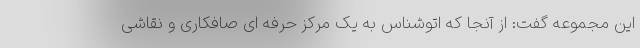
این مجموعه گفت: از آنجا که اتوشناس به یک مرکز حرفه ای صافکاری و نقاشی